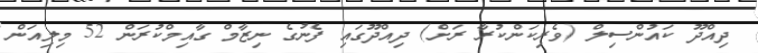
ދިއްދޫ ކައުންސިލް (ވެރިކަންކުރާ ރަށް) ދިއްދޫގައި ފެނުގެ ނިޒާމް ގާއިމްކުރަން 52 މިލިއަން